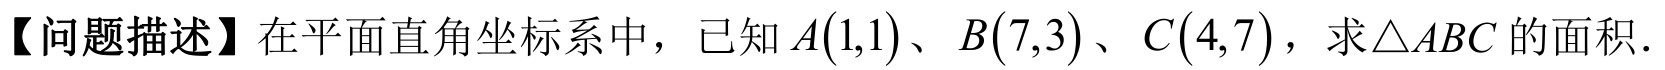
【问题描述】在平面直角坐标系中，已知\(A(1,1)\)、\(B(7,3)\)、\(C(4,7)\)，求\(\triangle ABC\)的面积.